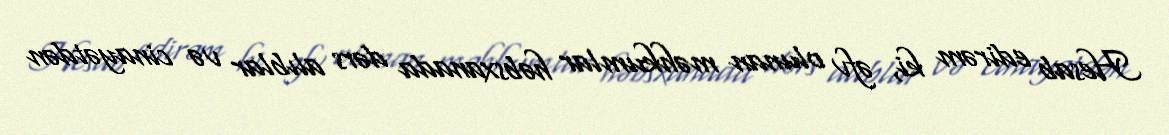
Hesab edirəm ki, əfv olunan məhkumlar həbsxanada dərs alıblar və cinayətdən